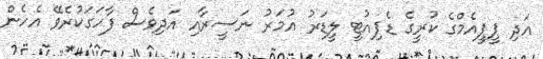
އަދި ޕީޕީއެމްގެ ކުރީގެ ޑެޕިއުޓީ ލީޑަރު އުމަރު ނަސީރާއި އަދިވެސް ފާހަގަކުރެވޭ އެހެން